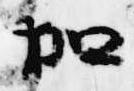
加